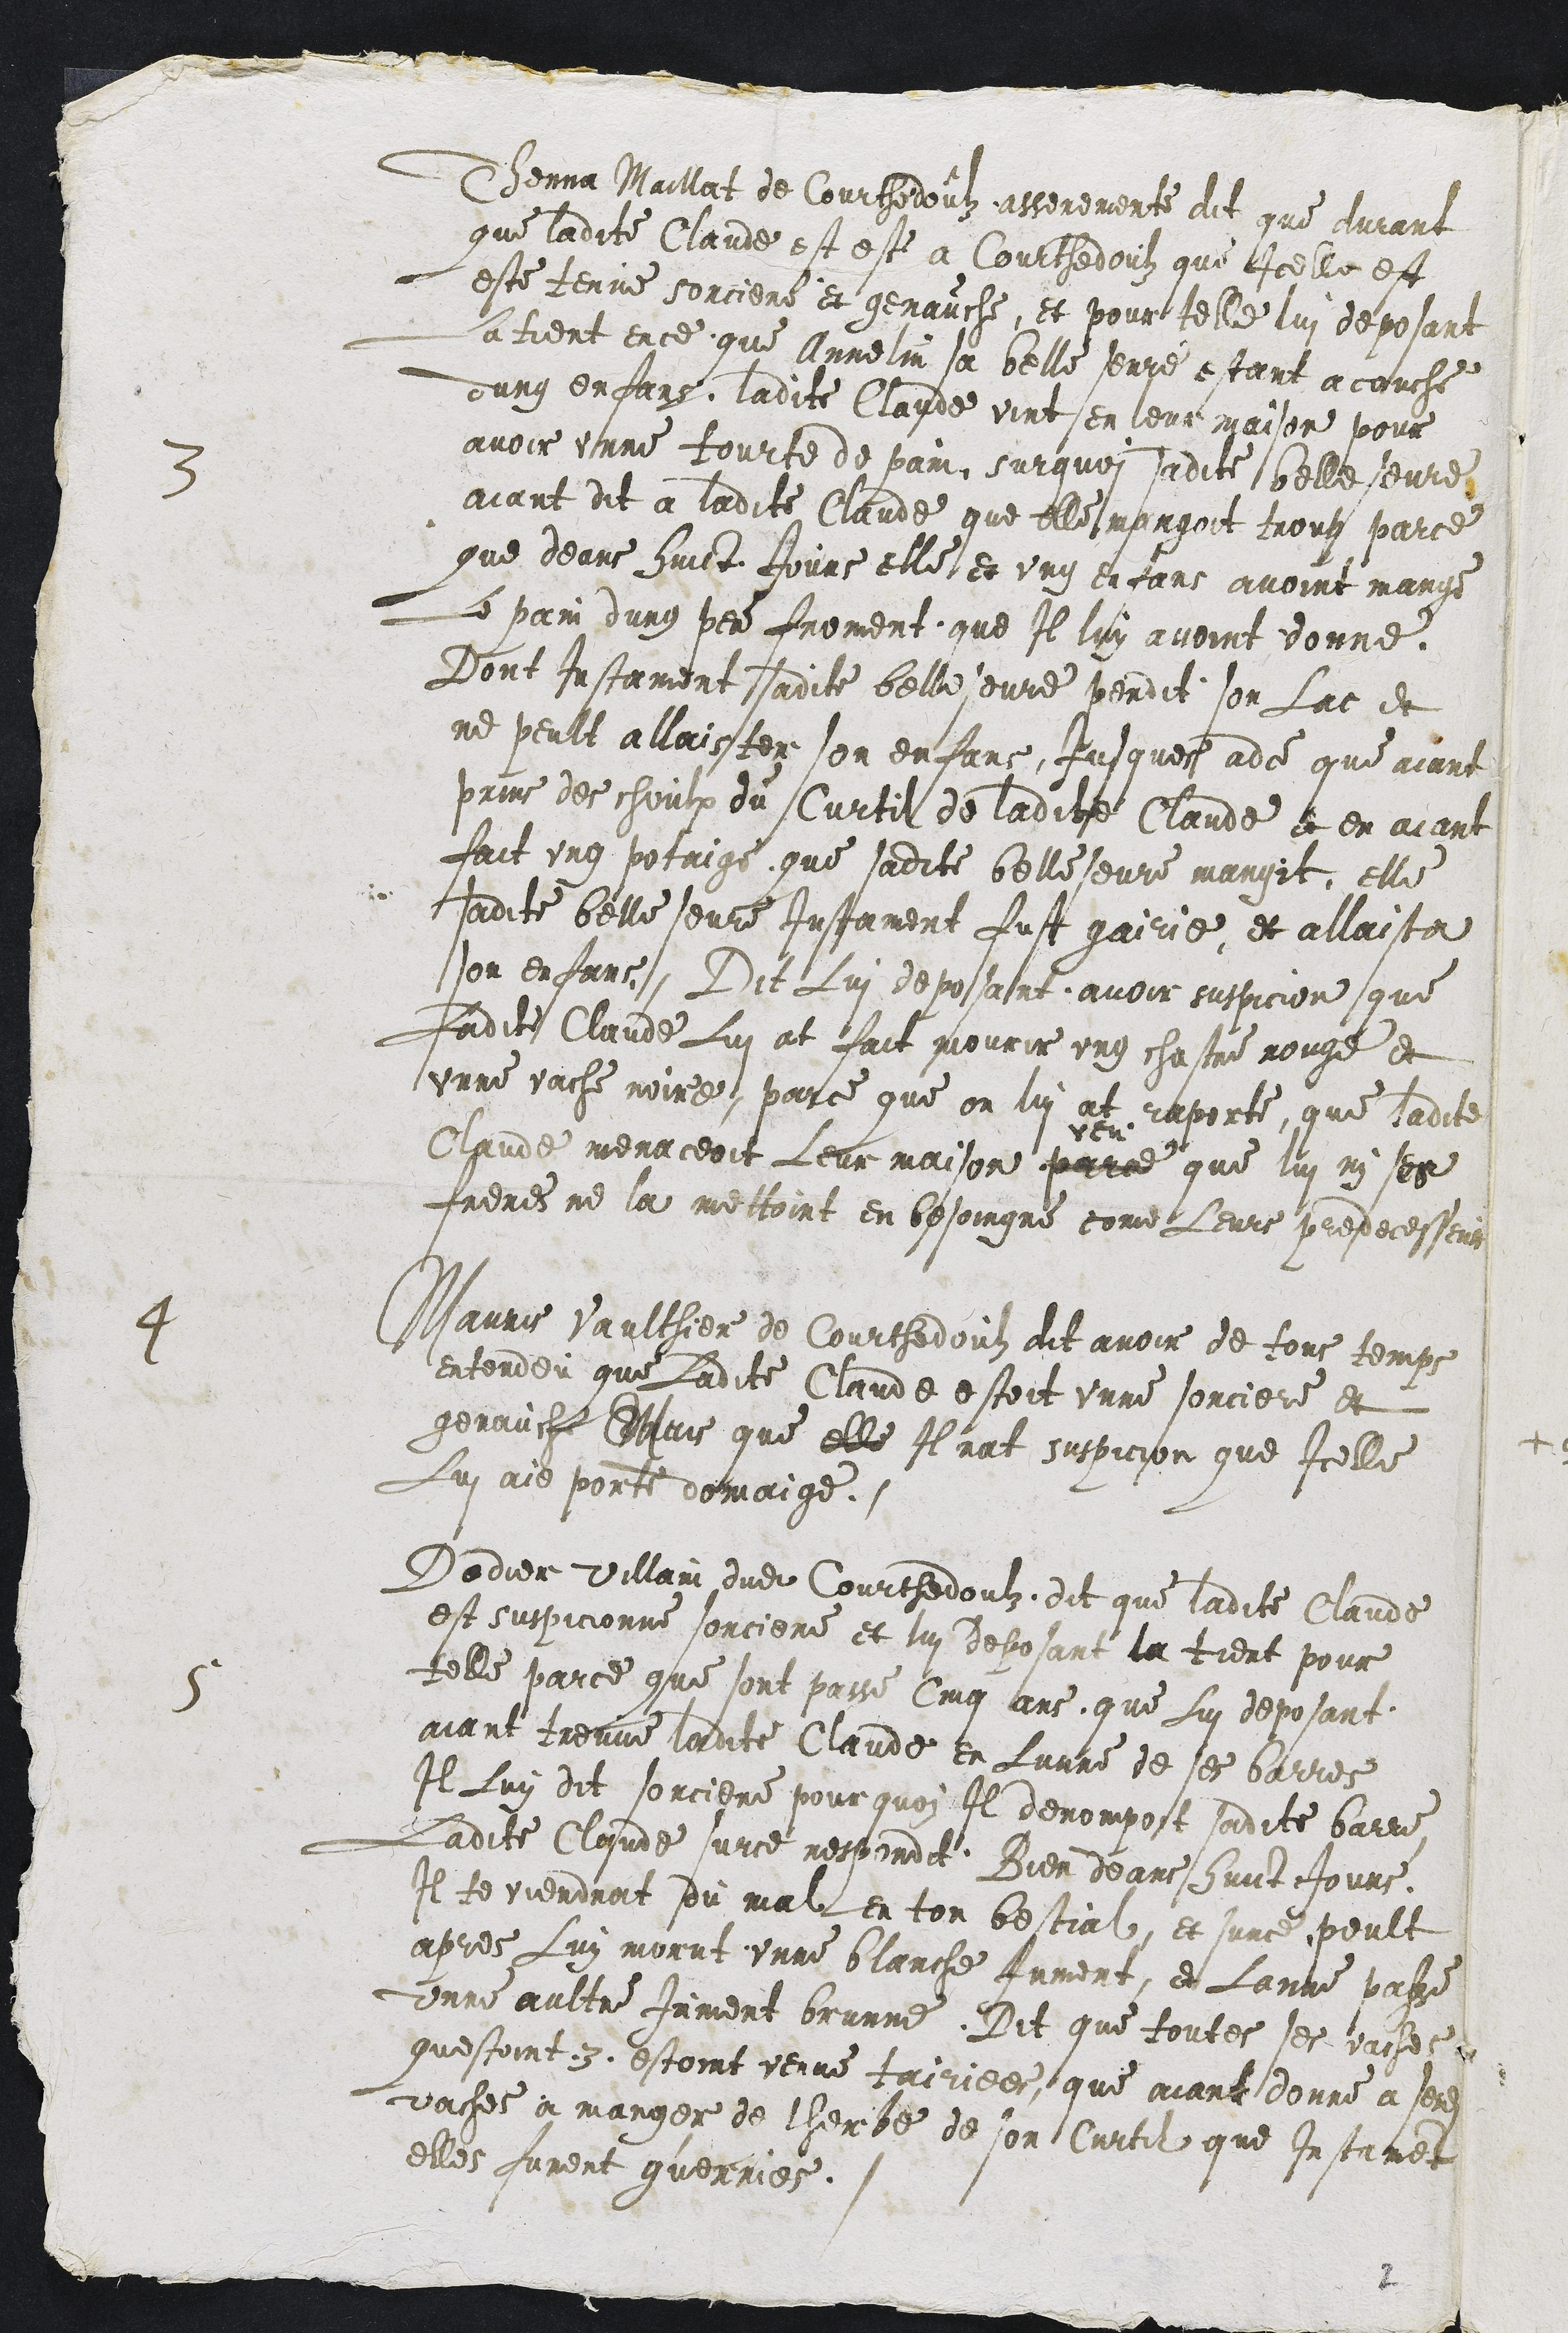
3 Thenna Maillat de Courthedoulz asseremente dit que durant
que ladite Claude est este a Courthedoulz que Icelle est
este tenue sorciere et genauche, et pour telle lui deposant
La tient ence que Annelin sa belle seure estant acouche
dung enfans, ladite Claude vint en leur maison pour
avoir unne tourte de pain, surquoi sadite belle seure
aiant dit a ladite Claude que elle mangoit troup parce
que deans huict Jours elle et ung enfans avoint mange
Le pain dung penal froment, que Il luy avoint donne.
Dont Instament sadite belle seure perdit son Lac et
ne peult allaister son enfans, Jusques adce que aiant
prins des choulx du Curtil de ladite Claude et en aiant
fait ung potaige que sadite belles seure mangit, elle
sadite belle seure Instament fust gairie et allaista
son enfans, Dit Lui deposant avoir suspicion que
Ladite CLaude Lui at fait mourir ung chastre rouge et
unne vache noire, parce que on lui at raporte, que ladite
Claude menaceoit Leur maison
veu
parce que lui ni ses
freres ne la mettoint en besoingne come Leurs predecesseurs
4 Mauris Vaulthier de Courthedoulz dit avoir de tous temps
entendeu que Ladite Claude estoit unne sorciere et
genauche Mais que elle Il nat suspicion que Icelle
Lui aie porte domaige.
5 Dodier Villain dudit Courthedoulz dit que ladite Claude
est suspicionne sorciere et lui deposant la tient pour
telle parce que sont passe cinq ans, que Lui deposant
aiant treuve ladite Claude en Lunne de ses barres
Il Luy dit sorciere pour quoi Il derompoit sadite barre,
Ladite Claude sur ce respondit Bien deans huict Jours,
Il te viendrat du mal en ton bestial, et surce, peult
apres Luy morut unne blanche Jument, et Lanne passe
unne aultre Jument brunne. Dit que toutes ses vaches
questoint .3. estoint venue tairiees, que aiant donne a sesdites
vaches a manger de lherbe de son Curtil que Instament
elles furent guerries.

2